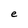
Character: e